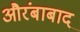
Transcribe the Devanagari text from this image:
औरंबाबाद